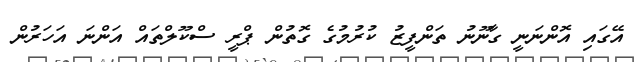
އޭގައި އޮންނަނީ ގާނޫނު ތަންފީޒު ކުރުމުގެ ގޮތުން ޕްރީ ސްކޫލްތައް އަންނަ އަހަރުން